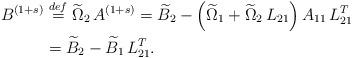
LaTeX: \begin{align*}B^{(1+s)} & \stackrel{def}{=} \widetilde{\Omega}_2 \, A^{(1+s)} = \widetilde{B}_2 - \left( \widetilde{\Omega}_1 + \widetilde{\Omega}_2 \, L_{21} \right)A_{11} \, L_{21}^T \\& = \widetilde{B}_2 - \widetilde{B}_1 \, L_{21}^T.\end{align*}